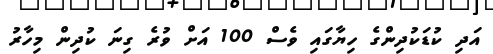
އަދި ކުޑަކުދިންގެ ހިޔާގައި ވެސް 100 އަށް ވުރެ ގިނަ ކުދިން މިހާރު